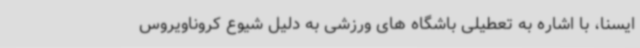
ایسنا، با اشاره به تعطیلی باشگاه های ورزشی به دلیل شیوع کروناویروس